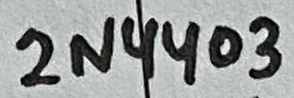
Text: 2N4403